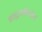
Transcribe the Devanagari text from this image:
ब्राह्मणविरोध